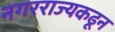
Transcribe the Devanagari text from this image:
नगरराज्यकढून